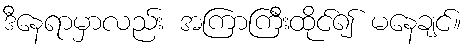
ဒီနေရာမှာလည်း အကြာကြီးထိုင်၍ မနေချင်။